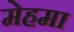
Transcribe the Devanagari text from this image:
मेहमा